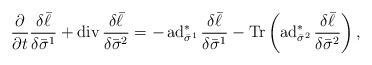
LaTeX: \begin{align*}\frac{\partial}{\partial t}\frac{\delta\bar\ell}{\delta\bar\sigma^1}+\operatorname{div}\frac{\delta\bar\ell}{\delta\bar\sigma^2}=-\operatorname{ad}^*_{\bar\sigma^1}\frac{\delta\bar\ell}{\delta\bar\sigma^1}-\operatorname{Tr}\left(\operatorname{ad}^*_{\bar\sigma^2}\frac{\delta\bar\ell}{\delta\bar\sigma^2}\right),\end{align*}